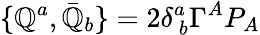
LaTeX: \{ {\cal\mathbb{Q}}^{a},\bar{{{\cal\mathbb{Q}}}}_{b}\} =2\delta_{~b}^{a}\Gamma^{A}P_{A}